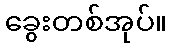
ခွေးတစ်အုပ်။